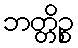
ဘတ္တိဉ္စ